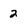
Character: 2